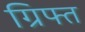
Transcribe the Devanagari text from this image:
ग्रिफ्त